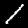
Digit: 1